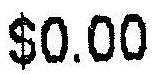
$0.00